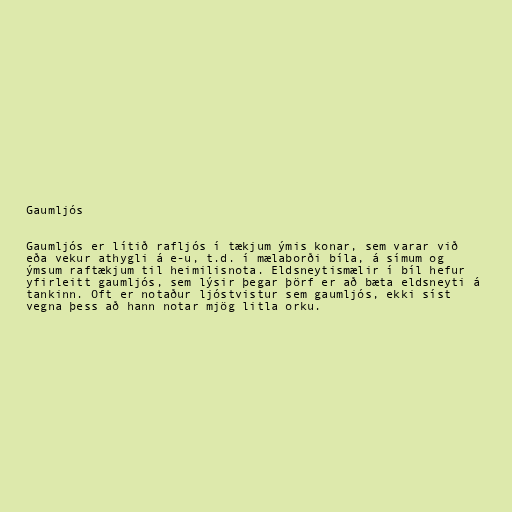
Gaumljós

Gaumljós er lítið rafljós í tækjum ýmis konar, sem varar við
eða vekur athygli á e-u, t.d. í mælaborði bíla, á símum og
ýmsum raftækjum til heimilisnota. Eldsneytismælir í bíl hefur
yfirleitt gaumljós, sem lýsir þegar þörf er að bæta eldsneyti á
tankinn. Oft er notaður ljóstvistur sem gaumljós, ekki síst
vegna þess að hann notar mjög litla orku.